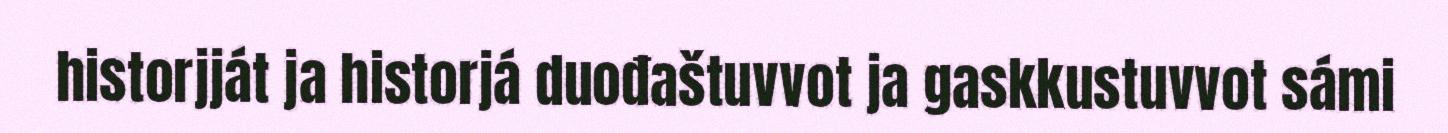
historjját ja historjá duođaštuvvot ja gaskkustuvvot sámi